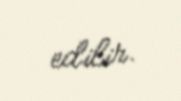
edilir.